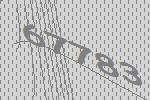
67783